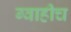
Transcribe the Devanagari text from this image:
ग्वाहीच